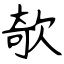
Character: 欹